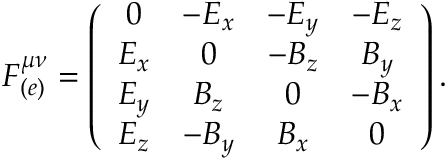
F _ { ( e ) } ^ { \mu \nu } = \left( \begin{array} { c c c c } { { 0 } } & { { - E _ { x } } } & { { - E _ { y } } } & { { - E _ { z } } } \\ { { E _ { x } } } & { { 0 } } & { { - B _ { z } } } & { { B _ { y } } } \\ { { E _ { y } } } & { { B _ { z } } } & { { 0 } } & { { - B _ { x } } } \\ { { E _ { z } } } & { { - B _ { y } } } & { { B _ { x } } } & { { 0 } } \end{array} \right) .